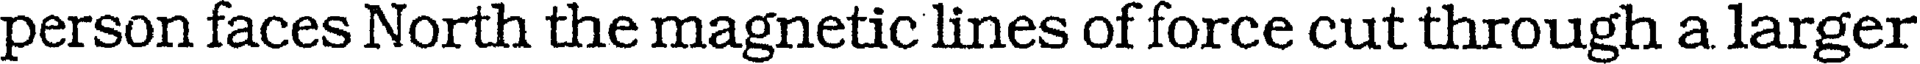
person faces North the magnetic lines of force cut through a larger